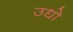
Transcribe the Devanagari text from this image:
उधो